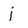
Character: j